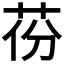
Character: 𦮪